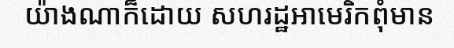
យ៉ាងណាក៏ដោយ សហរដ្ឋអាមេរិកពុំមាន